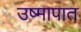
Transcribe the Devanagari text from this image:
उष्मापात